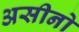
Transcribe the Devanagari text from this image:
असीनो